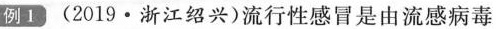
例Ⅰ(2019·浙江绍兴)流行性感冒是由流感病毒